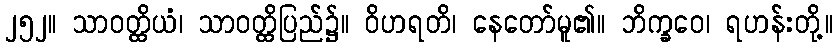
၂၅၂။ သာဝတ္ထိယံ၊ သာဝတ္ထိပြည်၌။ ဝိဟရတိ၊ နေတော်မူ၏။ ဘိက္ခဝေ၊ ရဟန်းတို့။